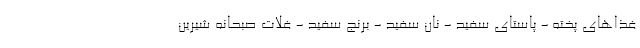
غذاهای پخته - پاستای سفید - نان سفید - برنج سفید - غلات صبحانه شیرین